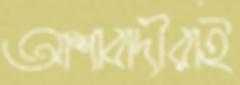
আশাবাদীরাই